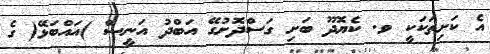
އެ ކަށިތަކަކީ ވ. ކެޔޮދޫ ބަށި ގަސްދޮށުގޭ އަބްދު އަނީސް )އައްބަޅޭ( ގެ